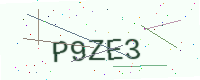
Text: P9ZE3